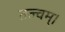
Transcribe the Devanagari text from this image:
तत्त्‍वम्।